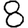
Digit: 8